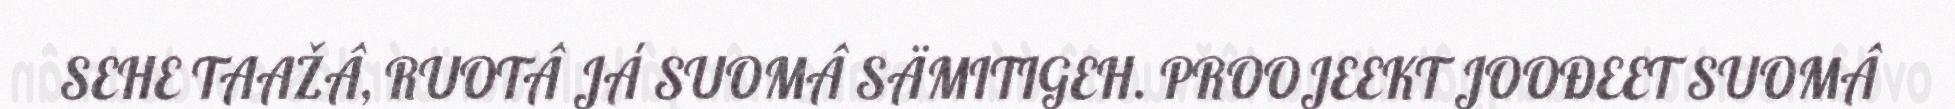
SEHE TAAŽÂ, RUOTÂ JÁ SUOMÂ SÄMITIGEH. PROOJEEKT JOOĐEET SUOMÂ